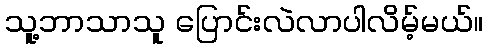
သူ့ဘာသာသူ ပြောင်းလဲလာပါလိမ့်မယ်။